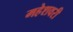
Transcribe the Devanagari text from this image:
महेशवरी